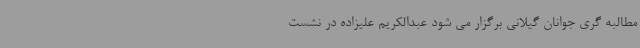
مطالبه گری جوانان گیلانی برگزار می شود عبدالکریم علیزاده در نشست